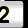
Digit: 2